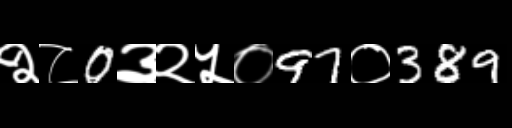
Text: २८0३२५०97०389